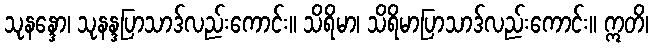
သုနန္ဒော၊ သုနန္ဒပြာသာဒ်လည်းကောင်း။ သိရိမာ၊ သိရိမာပြာသာဒ်လည်းကောင်း။ ဣတိ၊